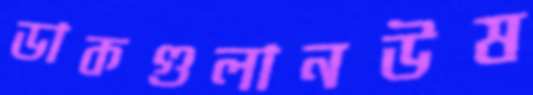
ডাকগুলানউষ